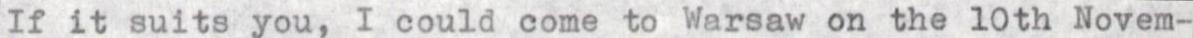
If it suits you, I could come to Warsaw on the 10th Novem-